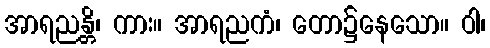
အာရညန္တိ၊ ကား။ အာရညကံ၊ တော၌နေသော။ ဝါ၊